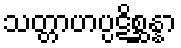
သတ္တာဟပ္ပဋိစ္ဆန္နာ